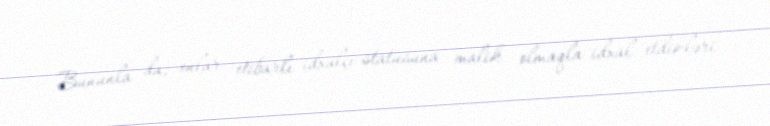
Bununla da, onlar etibarlı idxalçı statusuna malik olmaqla idxal etdikləri